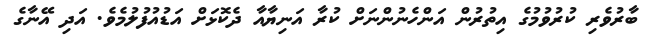
ބާރުވެރި ކުރުވުމުގެ އިތުރުން އަންހެނުންނަށް ކުރާ އަނިޔާއާ ދެކޮޅަށް އަޑުއުފުލުމެވެ. އަދި އޭނާގެ